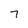
Character: 7